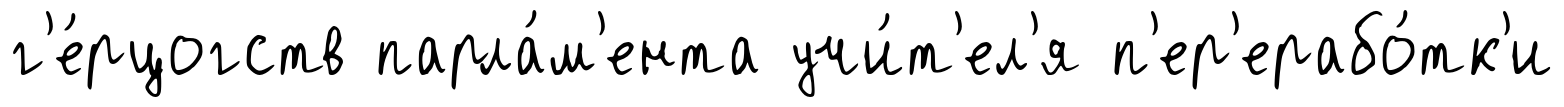
г'е́рцогств парла́м'ента учи́т'ел'я п'ер'ерабо́тк'и